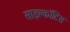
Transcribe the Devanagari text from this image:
साइक्लॉटिस